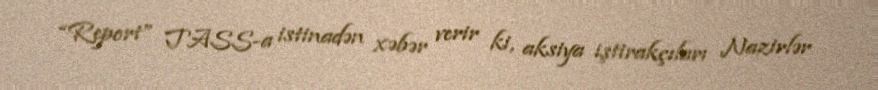
“Report” TASS-a istinadən xəbər verir ki, aksiya iştirakçıları Nazirlər